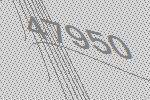
47950